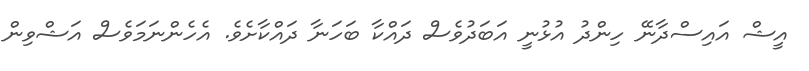
އީޝް އައިސްދާނޭ ހިންދު އުޅުނީ އަބަދުވެސް ދައްކާ ބަހަނާ ދައްކާށެވެ. އެހެންނަމަވެސް އަޝްވިން